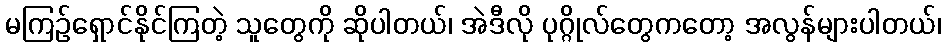
မကြဉ်ရှောင်နိုင်ကြတဲ့ သူတွေကို ဆိုပါတယ်၊ အဲဒီလို ပုဂ္ဂိုလ်တွေကတော့ အလွန်များပါတယ်၊